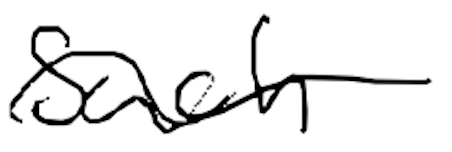
Text: such
Cross-out: wave
Writing tool: digital_black